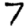
Digit: 7